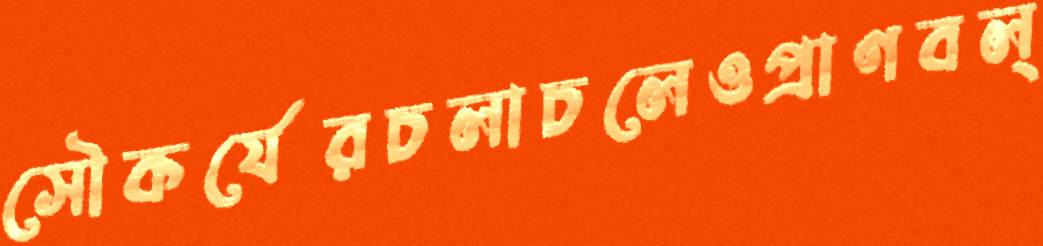
সৌকর্যেরচলাচলেওপ্রাণবল্